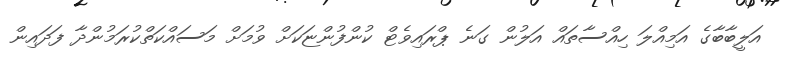
އަލީބާބާގެ އަމިއްލަ ހިއްސާތައް އަލުން ގަނެ ޕްރައިވެޓް ކުންފުންޏަކަށް ވުމަށް މަސައްކަތްކުރަމުންދާ ފަދައިން